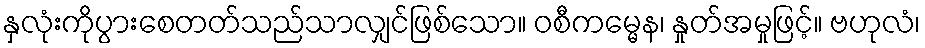
နှလုံးကိုပွားစေတတ်သည်သာလျှင်ဖြစ်သော။ ဝစီကမ္မေန၊ နှုတ်အမှုဖြင့်။ ဗဟုလံ၊